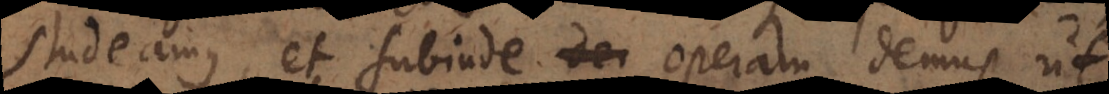
studeamus, et subinde operam demus, ut